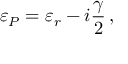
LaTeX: \varepsilon _ { P } = \varepsilon _ { r } - i \frac { \gamma } { 2 } \, ,